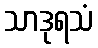
သာဒုရသံ